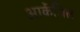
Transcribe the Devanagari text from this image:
आर्केजिल